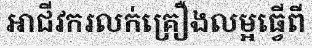
អាជីវករលក់គ្រឿងលម្អធ្វើពី